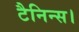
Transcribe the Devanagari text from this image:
टैनिन्स।